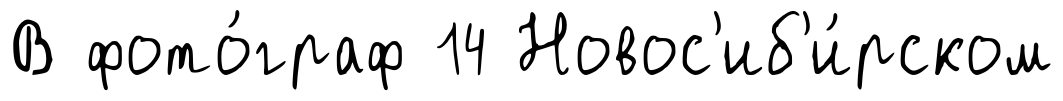
В фото́граф 14 Новос'иб'и́рском